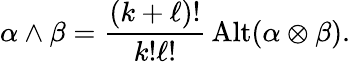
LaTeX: \alpha\wedge\beta={\frac{(k+\ell)!}{k!\ell!}}\operatorname{Alt}(\alpha\otimes\beta).